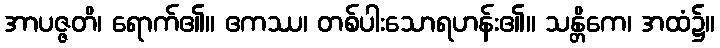
အာပဇ္ဇတိ၊ ရောက်၏။ ဧကဿ၊ တစ်ပါးသောရဟန်း၏။ သန္တိကေ၊ အထံ၌။